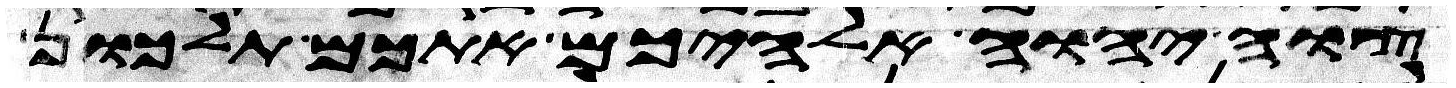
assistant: צוה יהוה אלהיכם אתכם תלכון